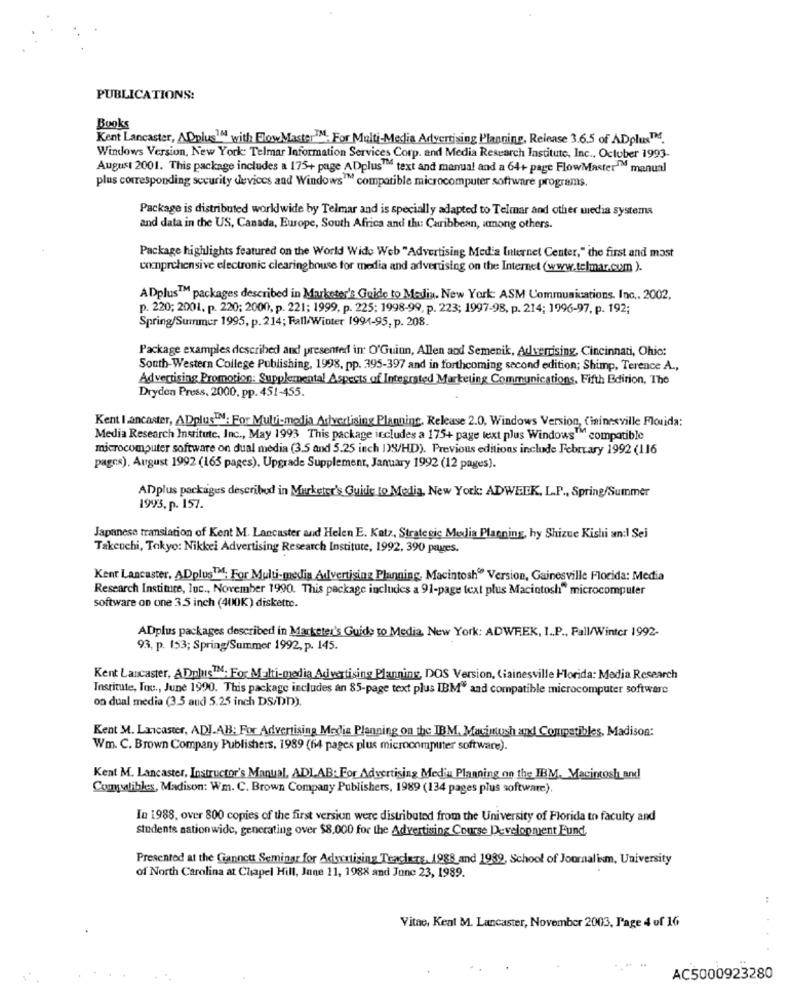
PUBLICATIONS:
Books
Kent Lancaster, ADplus1 with FlowMasterIM. For Multi-Media Advertising Planning, Release 3.6.5 of ADplus.
Windows Version, New York: Telmar Information Services Corp. and Media Research Institute, Inc ., October 1993-
August 2001. This package includes a 175+ page ADplusIM text and manual and a 64+ page FlowMaster" manual
plus corresponding security devices and Windows™ compatible microcomputer software programs.
Package is distributed worldwide by Telmar and is specially adapted to Telmar and other media systems
and data in the US, Canada, Europe, South Africa and the Caribbean, among others.
Package highlights featured on the World Wide Web "Advertising Media Internet Center," the first and most
comprehensive electronic clearing house for media and advertising on the Internet (www.telmar.com ).
ADplus™ packages described in Marketer's Guide to Media. New York: ASM Communications, Inc ., 2002,
p. 220; 2001, p. 220; 2000, p. 221; 1999, p. 225; 1998-99, p. 223; 1997-98, p. 214; 1996-97, p. 192;
Spring/Summer 1995, p. 214; Fall/Winter 1994-95, p. 208.
Package examples described and presented in O'Guiun, Allen and Semenik, Advertising, Cincinnati, Ohio:
South-Western College Publishing, 1998, pp. 395-397 and in forthcoming second edition; Shimp, Terence A .,
Advertising Promotion: Supplemental Aspects of Integrated Marketing Communications, Fifth Edition, The
Dryden Press, 2000, pp. 451-455.
Kent lancaster, ADplusIN: For Multi-media Advertising Planning, Release 2.0, Windows Version, Cininesville Flouida:
Media Research Institute, Inc ., May 1993 This package includes a 175+ page text plus Windows" compatible
microcomputer software on dual media (3.5 and 5.25 inch 1)9/HD). Previous editions include February 1992 (116
pages). August 1992 (163 pages), Upgrade Supplement, January 1992 (12 pages).
ADplus packages described in Marketer's Guide to Media, New York: ADWEEK, L.P ., Spring/Summer
1993. p. 157.
Japanese translation of Kent M. Lancaster and Helen E. Katz, Strategic Melia Planning, hy Shizue Kishi an:I Sei
Takeuchi, Tokyo: Nikkei Advertising Research Institute, 1992, 390 pages.
Kenr Lancaster, ADplusTH. For Multi-media Advertising Planning, Macintosh® Version, Gainesville Florida: Media
Research Institute, Inc ., November 1990. This package includes a 91-page text plus Macintosh" microcomputer
software on one 3.5 inch (400K) diskette.
ADplus packages described in Marketer's Guide to Media. New York: ADWREK, I.P ., Fall/Winter 1992-
93, p. 153; Spring/Summer 1992, p. 145.
Kent Lancaster, AplusIM. For Multi-media Advertising Planning, DOS Version, Ciainesville Florida: Media Research
Institute, Tou ., June 1990. This package includes an 85-page text plus IBM" and compatible microcomputer software
on dual media (3.5 and 5.25 inch DS/DD).
Kent M. Lancaster, ADI.AB: For Advertising Media Planning on the IBM, Macintosh and Commatibles, Madison:
Wm. C. Brown Company Publishers, 1989 (64 pages plus microcomputer software).
Kent M. Lancaster, Instructor's Manual, ADLAB: For Advertising Mediu Planning on the IBM, Macintosh and
Compatibles, Madison: Wm. C. Brown Company Publishers, 1989 (134 pages plus software).
In 1988, over 800 copies of the first version were distributed from the University of Florida to faculty and
students nationwide, generating over $8.000 for the Advertising Course Development Fund,
Presented at the Gannett Seminar for Adsxxtising Teachers, 1988 and 1989, School of Journalism, University
of North Carolina at Chapel Hill, June 11, 1988 and June 23, 1989.
Vitae, Kent M. Lancaster, November 2003, Page 4 of 16
AC5000923280